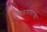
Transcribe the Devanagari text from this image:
पाठलागावरच्या